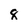
Character: 8